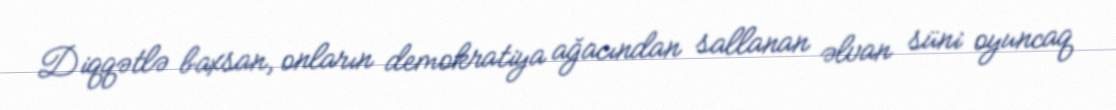
Diqqətlə baxsan, onların demokratiya ağacından sallanan əlvan süni oyuncaq